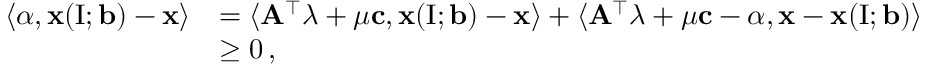
\begin{array} { r l } { \langle \alpha , \mathbf { x } ( \mathrm { I } ; \mathbf { b } ) - \mathbf { x } \rangle } & { = \langle \mathbf { A } ^ { \top } \lambda + \mu \mathbf { c } , \mathbf { x } ( \mathrm { I } ; \mathbf { b } ) - \mathbf { x } \rangle + \langle \mathbf { A } ^ { \top } \lambda + \mu \mathbf { c } - \alpha , \mathbf { x } - \mathbf { x } ( \mathrm { I } ; \mathbf { b } ) \rangle } \\ & { \geq 0 \, , } \end{array}